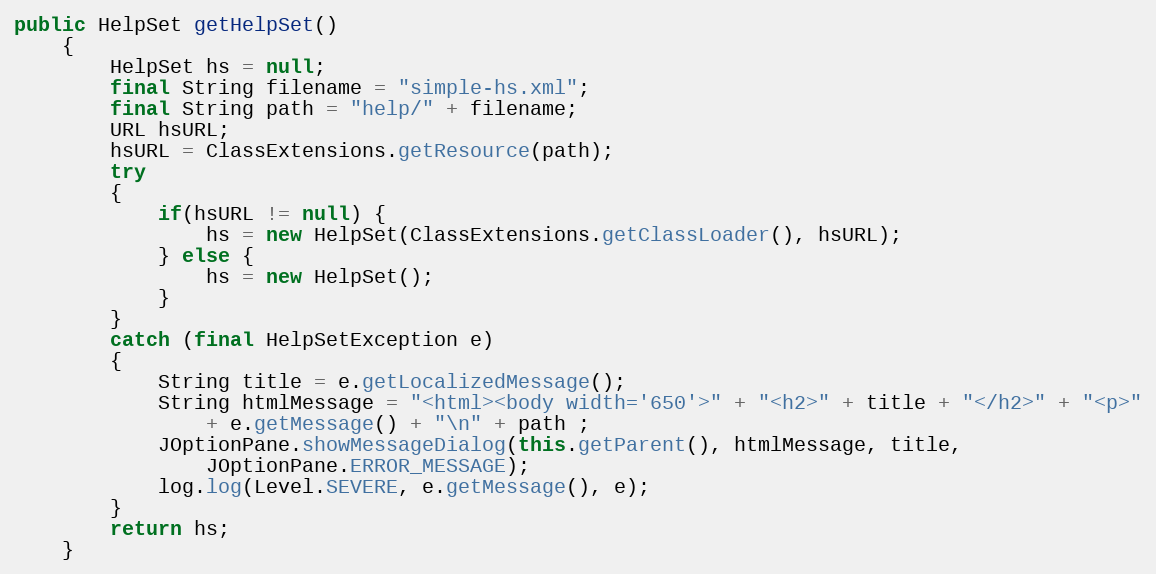
Language: Java
public HelpSet getHelpSet()
	{
		HelpSet hs = null;
		final String filename = "simple-hs.xml";
		final String path = "help/" + filename;
		URL hsURL;
		hsURL = ClassExtensions.getResource(path);
		try
		{
			if(hsURL != null) {
				hs = new HelpSet(ClassExtensions.getClassLoader(), hsURL);
			} else {
				hs = new HelpSet();
			}
		}
		catch (final HelpSetException e)
		{
			String title = e.getLocalizedMessage();
			String htmlMessage = "<html><body width='650'>" + "<h2>" + title + "</h2>" + "<p>"
				+ e.getMessage() + "\n" + path ;
			JOptionPane.showMessageDialog(this.getParent(), htmlMessage, title,
				JOptionPane.ERROR_MESSAGE);
			log.log(Level.SEVERE, e.getMessage(), e);
		}
		return hs;
	}